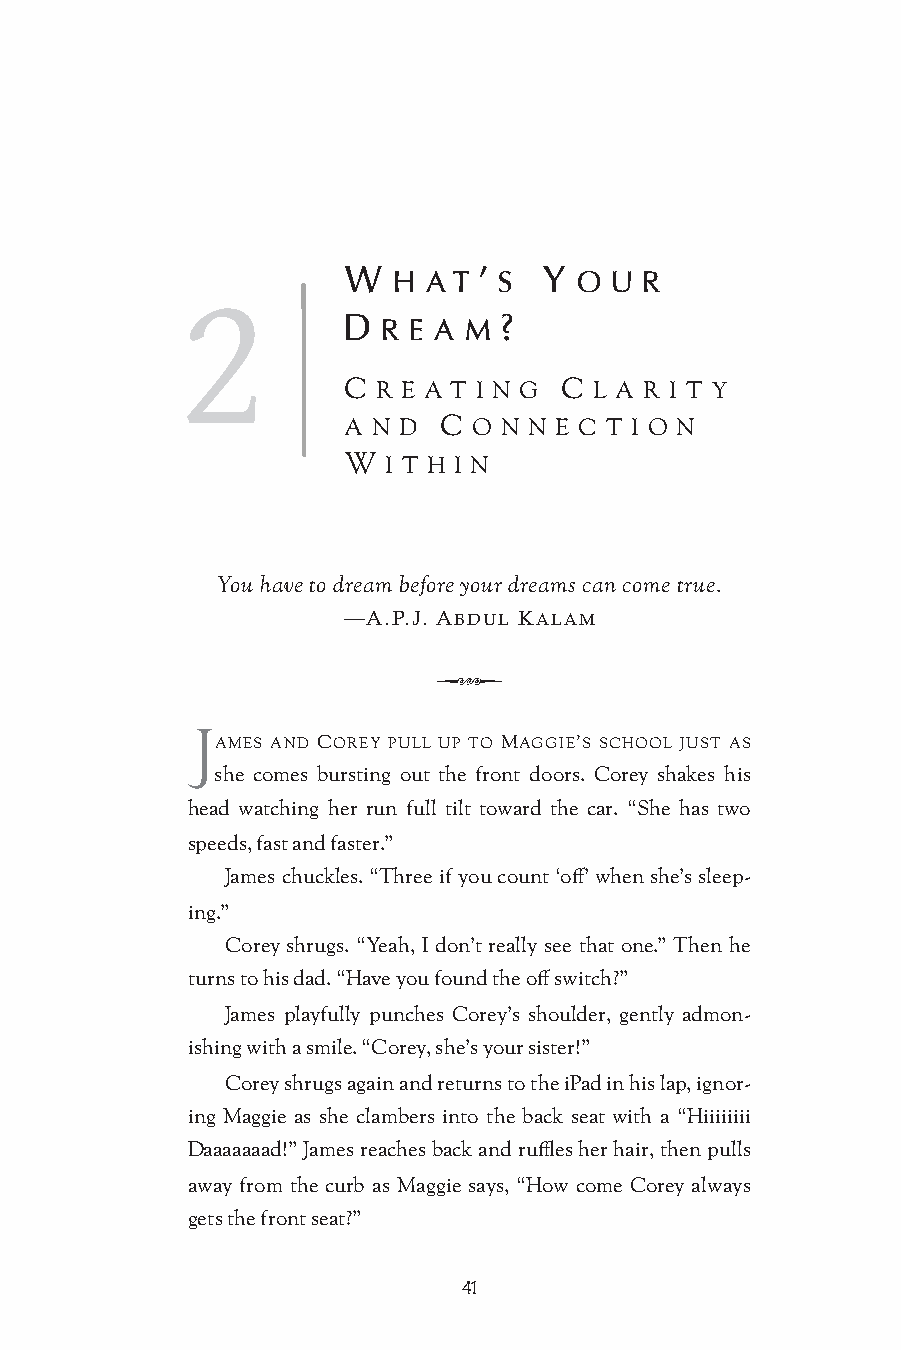
W  H A T ’ S Y O U  R
 2
 D R E A M ?
 C R E A T I N G C L A R I T Y
 A N D C O N N E C T I O N
 W I T H I N
 You have to dream before your dreams can come true.
 —A.P.J. ABDUL KALAM
 Q
 J
 AMES AND COREY PULL UP TO MAGGIE’S SCHOOL JUST AS
 she comes bursting out the front doors. Corey shakes his
 head watching her run full tilt toward the car. “She has two
 speeds, fast and faster.”
 James chuckles. “Three if you count ‘off’ when she’s sleep-
 ing.”
 Corey shrugs. “Yeah, I don’t really see that one.” Then he
 turns to his dad. “Have you found the off switch?”
 James playfully punches Corey’s shoulder, gently admon-
 ishing with a smile. “Corey, she’s your sister!”
 Corey shrugs again and returns to the iPad in his lap, ignor-
 ing Maggie as she clambers into the back seat with a “Hiiiiiiii
 Daaaaaaad!” James reaches back and ruffles her hair, then pulls
 away from the curb as Maggie says, “How come Corey always
 gets the front seat?”
 41